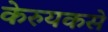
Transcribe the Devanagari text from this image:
केरुयकसे